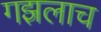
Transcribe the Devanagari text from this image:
गझलाच